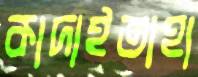
কাদাইতাহা